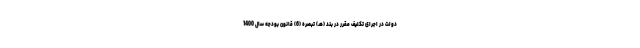
دولت در اجرای تکلیف مقرر در بند (هـ) تبصره (6) قانون بودجه سال 1400